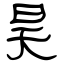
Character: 昊